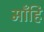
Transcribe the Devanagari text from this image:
माँहि